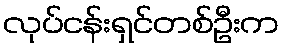
လုပ်ငန်းရှင်တစ်ဦးက